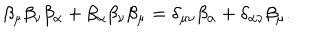
LaTeX: \beta _ { \mu } \beta _ { \nu } \beta _ { \alpha } + \beta _ { \alpha } \beta _ { \nu } \beta _ { \mu } = \delta _ { \mu \nu } \beta _ { \alpha } + \delta _ { \alpha \nu } \beta _ { \mu } .